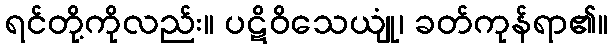
ရင်တို့ကိုလည်း။ ပဋိဝိသေယျုံ၊ ခတ်ကုန်ရာ၏။